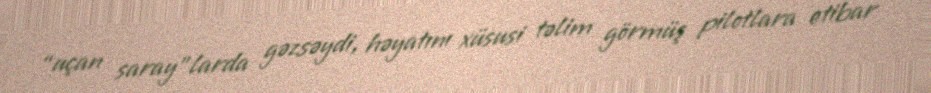
“uçan saray”larda gəzsəydi, həyatını xüsusi təlim görmüş pilotlara etibar